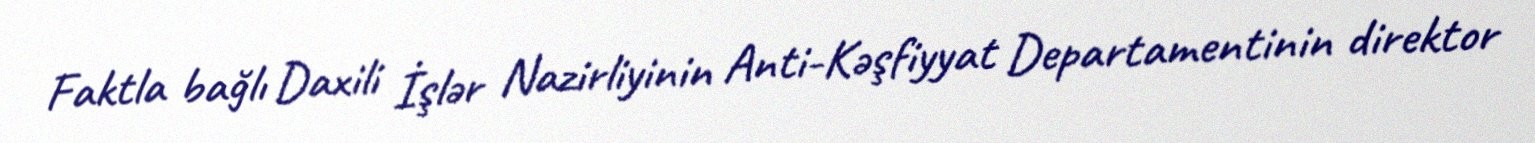
Faktla bağlı Daxili İşlər Nazirliyinin Anti-Kəşfiyyat Departamentinin direktor